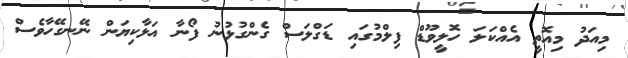
މިއަދު މިއޮތީ އެއްކަލަ ހޮލީވޫޑް ފިލްމުގައި ޑަގްލަސް ގެންގުޅުނު ފޯނާ އަޅާކިޔަން ނޭނގޭހާވެސް